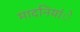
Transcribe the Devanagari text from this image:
मादनियांे